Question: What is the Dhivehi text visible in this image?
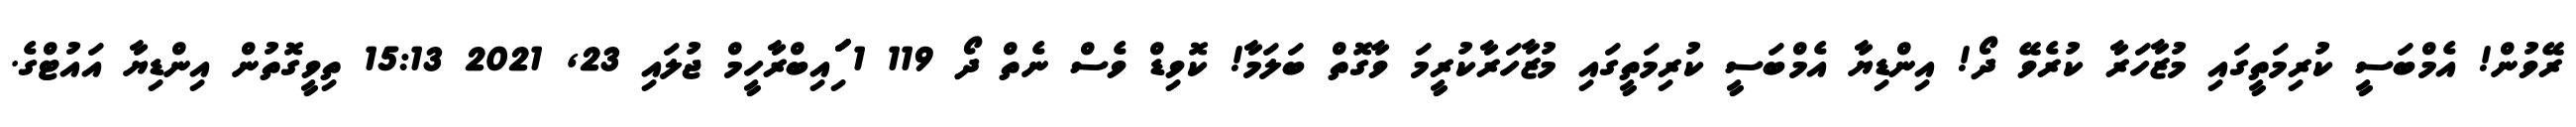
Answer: ރޭވުން! އެމްބަސީ ކުރިމަތީގައި މުޒާހަރާ ކުރެވޭ ދޯ! އިންޑިޔާ އެމްބަސީ ކުރިމަތީގައި މުޒާހަރާކުރީމަ ވާގޮތް ބަލަމާ! ކޮވިޑް ވެސް ނެތް ދޯ 119 1 ަިަަައިބްރާހީމް ޖުލައި 23, 2021 15:13 ތިވީގޮތުން އިންޑިޔާ އައުޓްގެ.